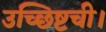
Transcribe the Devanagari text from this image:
उच्छिष्टची।